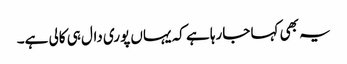
یہ بھی کہا جارہا ہے کہ یہاں پوری دال ہی کالی ہے۔